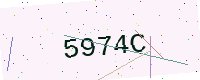
Text: 5974C